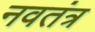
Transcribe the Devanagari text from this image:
नवतंत्र